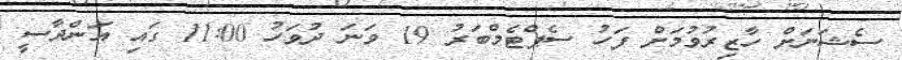
ސެޝަނަށް ހާޒިރުވުމަށް ފަހު ސެޕްޓެމްބަރު 19 ވަނަ ދުވަހު 11:00 ގައި އަންދާސީ